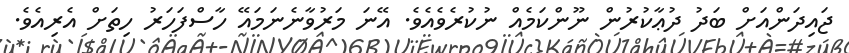
ޖައިދަންއަށް ބަދު ދުޢާކުރުން ނޫންކަމެއް ނުކުރެވެއެވެ. އޭނަ މަރުވާނެނަމައޭ ހާސްފަހަރު ހިތަށް އެރިއެވެ.